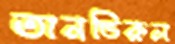
তানভিরুল